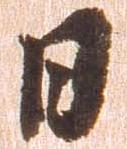
日